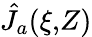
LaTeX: \hat{J}_{a}(\xi,\! Z)